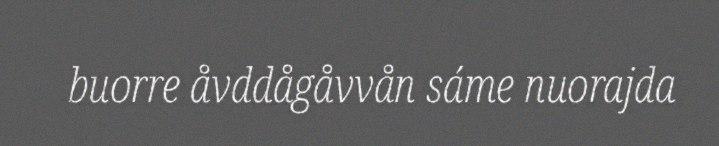
buorre åvddågåvvån sáme nuorajda